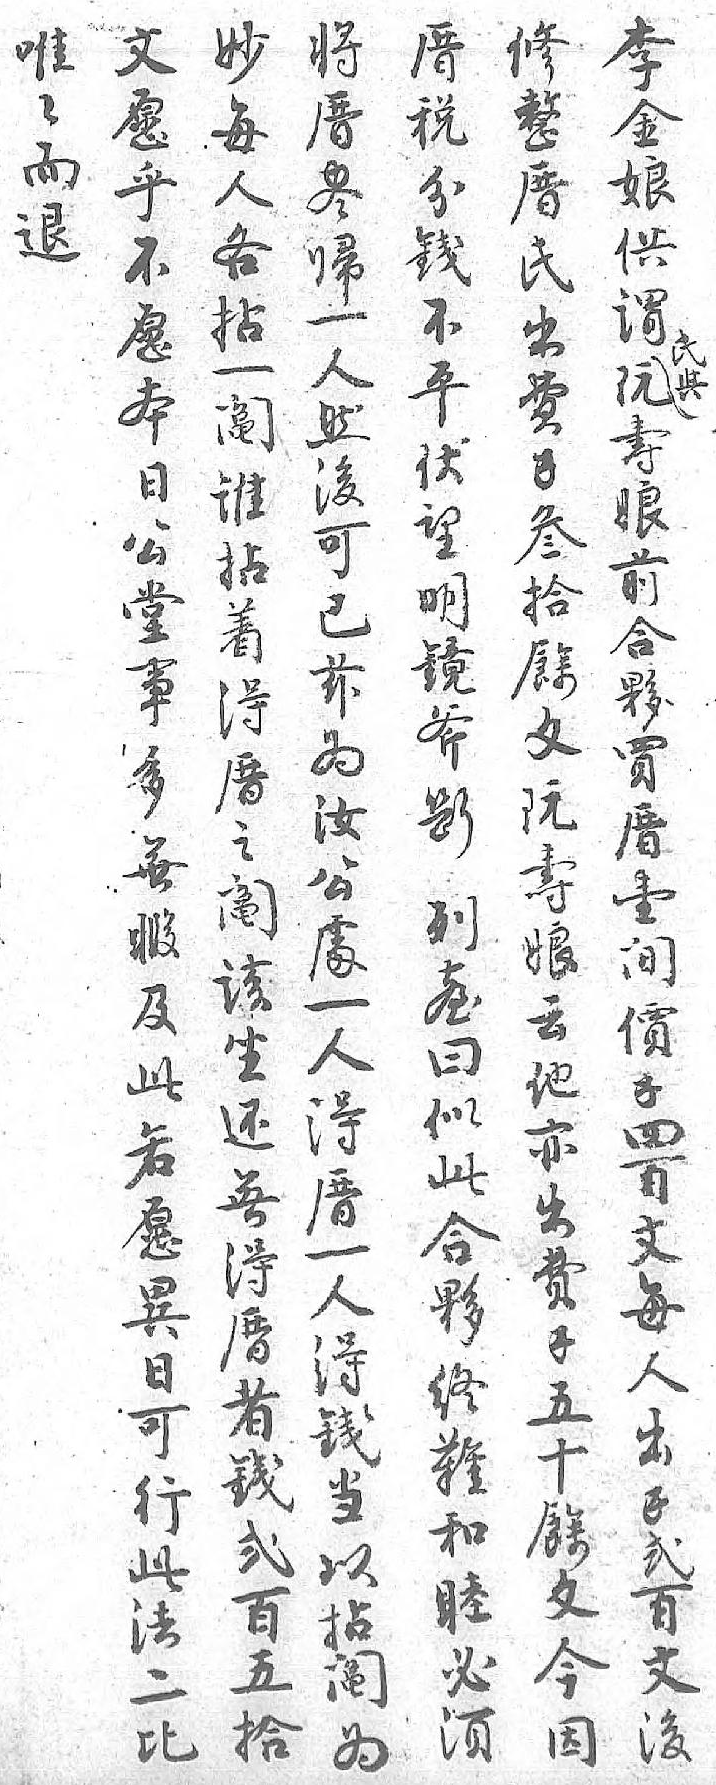
将修李厝妙文唯氏厝整金税每愿々與尽厝娘分人乎而 归氏供銭各不退 一出谓不拈愿  人費阮平一本  然錢夀伏阄日  後叁娘望誰公  可拾前明拈堂  已餘合鏡着事  兹文夥斧得多  为阮買断厝無  汝壽厝列之暇  公娘壹𦤼阄及  䖏云間曰該此  一他價似坐若  人亦錢此还愿  得出四合無異  厝费百夥得日  一錢文终厝可  人五每難者行  得十人和钱此  銭餘出睦弍法  當文錢必百二  以今弍須五比  拈因百 拾   阄 文     为 後